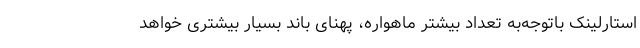
استارلینک باتوجه‌به تعداد بیشتر ماهواره، پهنای باند بسیار بیشتری خواهد